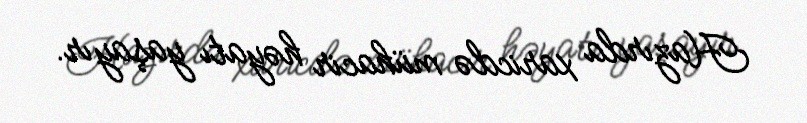
Hazırda xaricdə mühacir həyatı yaşayır.